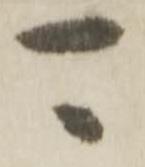
可